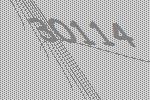
30114